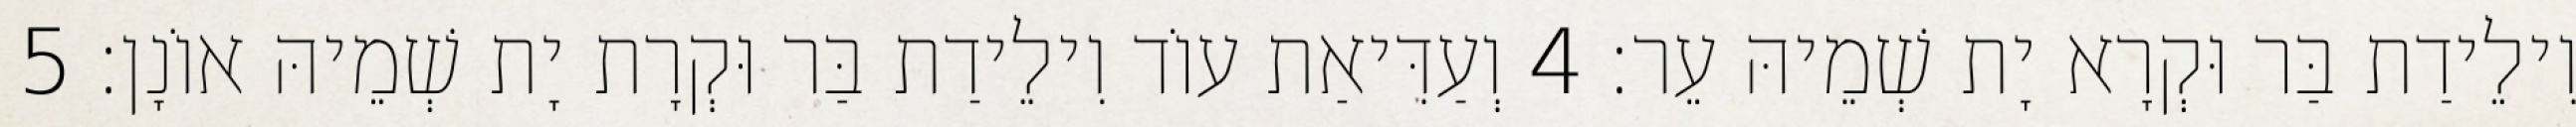
וִילֵידַת בַּר וּקְרָא יָת שְׁמֵיהּ עֵר׃ 4 וְעַדִּיאַת עוֹד וִילֵידַת בַּר וּקְרָת יָת שְׁמֵיהּ אוֹנָן׃ 5